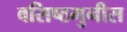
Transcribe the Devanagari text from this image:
वसिष्ठमुनीस